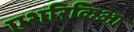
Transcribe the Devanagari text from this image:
एशरिकिआ